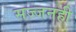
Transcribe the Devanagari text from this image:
सज्जनही